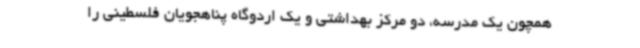
همچون یک مدرسه، دو مرکز بهداشتی و یک اردوگاه پناهجویان فلسطینی را